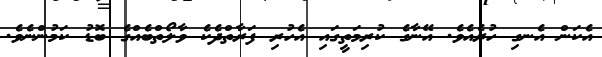
އެކަން އެނގި ހުރެއެވެ. އޭނާގެ ކުރިމަތީގައި އެހުރި ފަރާތްދެކެ ވާލޯތްބެއްގެ ބޮޑު ކަމުންނެވެ.